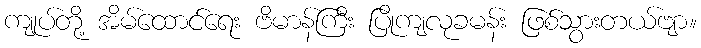
ကျုပ်တို့ အိမ်ထောင်ရေး ဗိမာန်ကြီး ပြိုကျလုခမန်း ဖြစ်သွားတယ်ဗျာ။